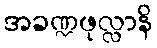
အခဏ္ဍဖုလ္လာနိ